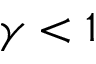
\gamma < 1